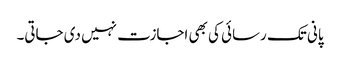
پانی تک رسائی کی بھی اجازت نہیں دی جاتی۔